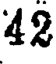
42